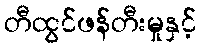
တီထွင်ဖန်တီးမှုနှင့်